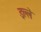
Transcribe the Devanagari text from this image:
इल्ले